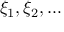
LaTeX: \xi _ { 1 } , \xi _ { 2 } , \ldots